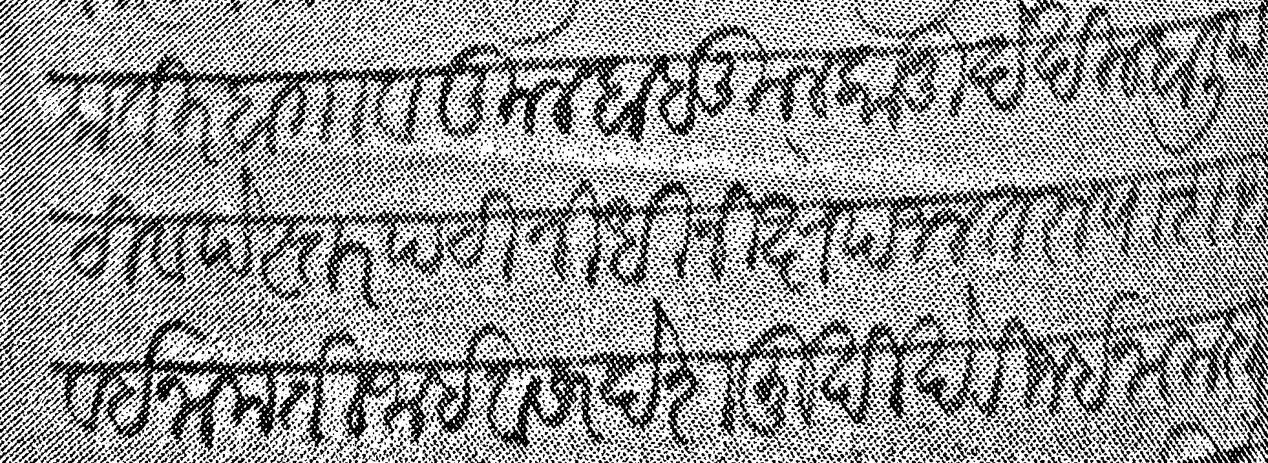
Transliteration (Devanagari): भीमातीर हा गाव कुलबाब कुलकानु देखील हाली पटी व पेस्तर पटी निधि निक्षेप जल तरू पाशाण व इनाम तिजाई व सरदेशमुखी खेरीज इनामदार